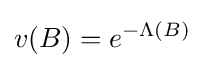
v(B)=e^{-\Lambda (B)}